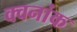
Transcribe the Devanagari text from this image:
क्वनांक